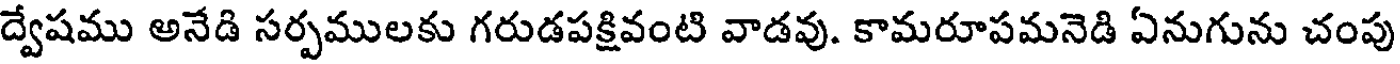
ద్వేషము అనేడి సర్పములకు గరుడపక్షివంటి వాడవు. కామరూపమనెడి ఏనుగును చంపు